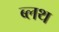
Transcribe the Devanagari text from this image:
ब्लथ